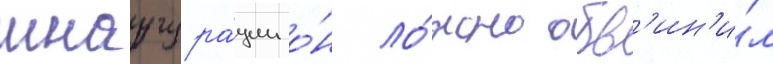
инаугура́ции о́н ло́жно обв'ин'и́л